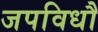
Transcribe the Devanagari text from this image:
जपविधौ